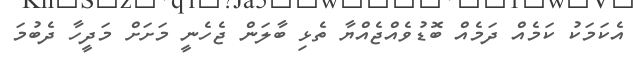
އެކަމަކު ކަމެއް ދަމެއް ބޮޑުވެއްޖެއްޔާ ތެޅި ބާލަން ޖެހެނީ މަށަށް މަދީހާ ދެބުމަ